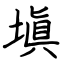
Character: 塡